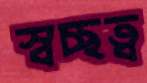
স্বচ্ছত্ব